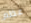
عظم